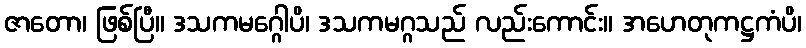
ဇာတော၊ ဖြစ်ပြီ။ ဒသကမဂ္ဂေါပိ၊ ဒသကမဂ္ဂသည် လည်းကောင်း။ အဟေတုကဋ္ဌကံပိ၊